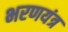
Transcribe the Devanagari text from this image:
भरणयंत्र